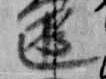
遊